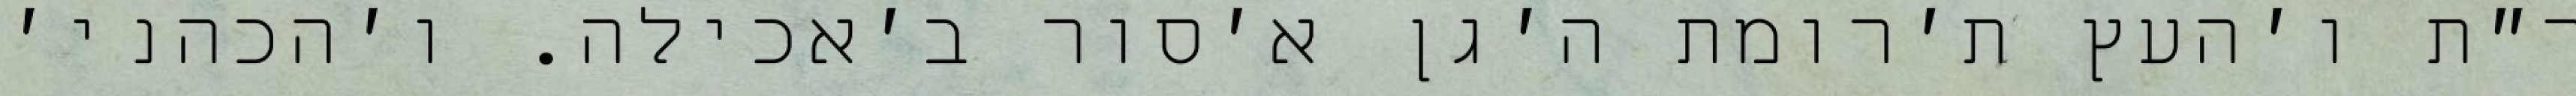
ר״ת ו׳העץ ת׳רומת ה׳גן א׳סור ב׳אכילה. ו׳הכהני׳